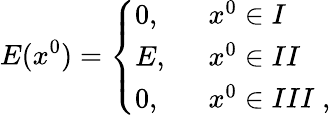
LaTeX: E(x^{0})=\left\{ \begin{array}{ll}{{0,\; \; }}&{{x^{0}\in I}}\\ {{E,\; \; }}&{{x^{0}\in II}}\\ {{0,\; \; }}&{{x^{0}\in III\; ,}}\end{array}\right.